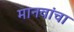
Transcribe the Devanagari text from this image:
मानवांचा